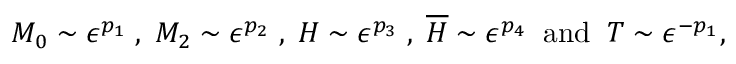
M _ { 0 } \sim \epsilon ^ { p _ { 1 } } \; , \; M _ { 2 } \sim \epsilon ^ { p _ { 2 } } \; , \; H \sim \epsilon ^ { p _ { 3 } } \; , \; \overline { { { H } } } \sim \epsilon ^ { p _ { 4 } } \; \; \mathrm { a n d } \; \; T \sim \epsilon ^ { - p _ { 1 } } ,